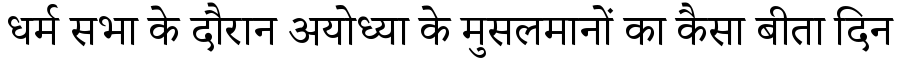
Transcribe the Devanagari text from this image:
धर्म सभा के दौरान अयोध्या के मुसलमानों का कैसा बीता दिन